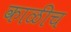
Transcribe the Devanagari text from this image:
काळीच